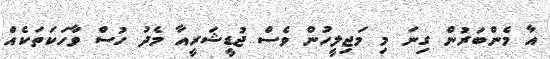
އާ މެންބަރުން ގިނަ މި މަޖިލީހުން ވެސް ޖުޑީޝަރީއާ މެދު ހުސް ވާހަކަތަކެއް